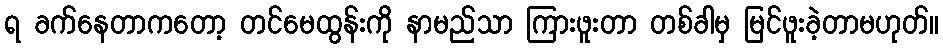
ရ ခက်နေတာကတော့ တင်မေထွန်းကို နာမည်သာ ကြားဖူးတာ တစ်ခါမှ မြင်ဖူးခဲ့တာမဟုတ်။